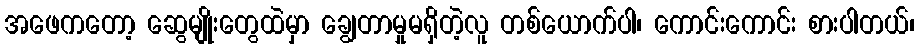
အဖေကတော့ ဆွေမျိုးတွေထဲမှာ ချွေတာမှုမရှိတဲ့လူ တစ်ယောက်ပါ၊ ကောင်းကောင်း စားပါတယ်၊